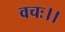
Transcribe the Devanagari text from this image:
वचः।।